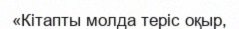
«Кітапты молда теріс оқыр,